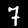
Digit: 7